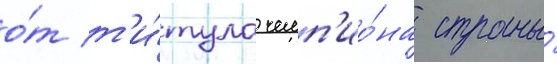
о́т т'и́тула чемп'ио́на страны́